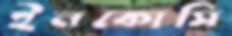
ইনকোসি